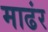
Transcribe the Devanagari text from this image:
माढंर